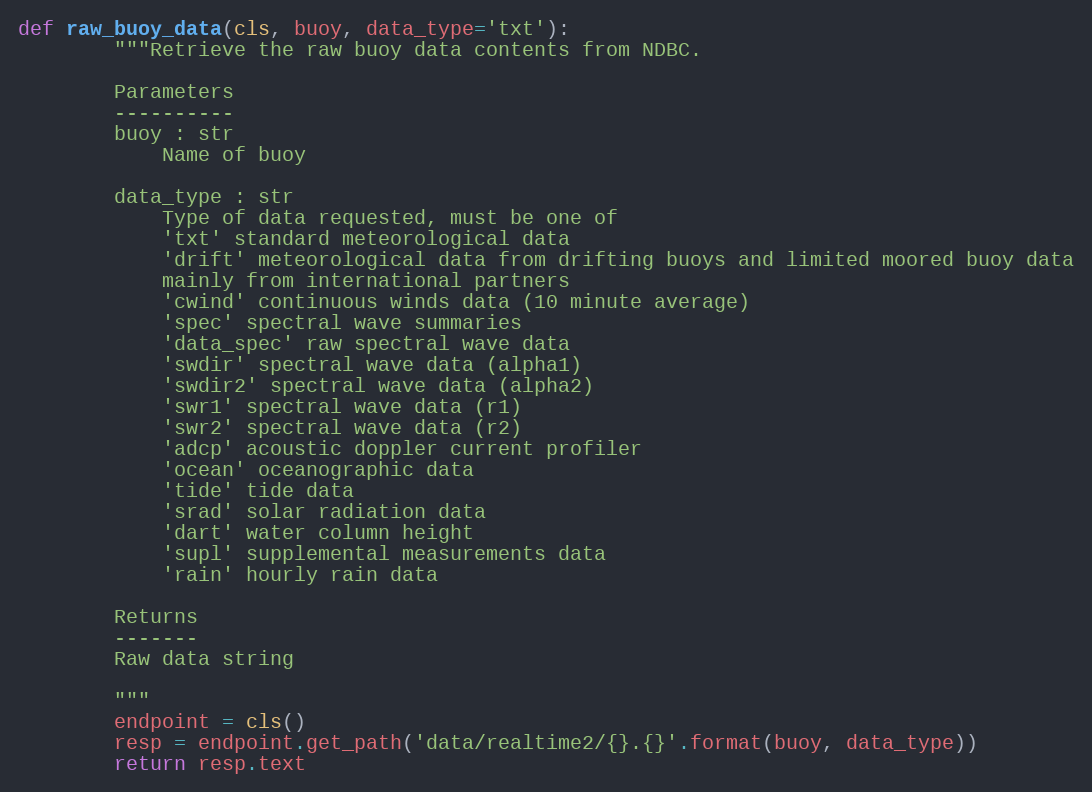
Language: Python
def raw_buoy_data(cls, buoy, data_type='txt'):
        """Retrieve the raw buoy data contents from NDBC.

        Parameters
        ----------
        buoy : str
            Name of buoy

        data_type : str
            Type of data requested, must be one of
            'txt' standard meteorological data
            'drift' meteorological data from drifting buoys and limited moored buoy data
            mainly from international partners
            'cwind' continuous winds data (10 minute average)
            'spec' spectral wave summaries
            'data_spec' raw spectral wave data
            'swdir' spectral wave data (alpha1)
            'swdir2' spectral wave data (alpha2)
            'swr1' spectral wave data (r1)
            'swr2' spectral wave data (r2)
            'adcp' acoustic doppler current profiler
            'ocean' oceanographic data
            'tide' tide data
            'srad' solar radiation data
            'dart' water column height
            'supl' supplemental measurements data
            'rain' hourly rain data

        Returns
        -------
        Raw data string

        """
        endpoint = cls()
        resp = endpoint.get_path('data/realtime2/{}.{}'.format(buoy, data_type))
        return resp.text